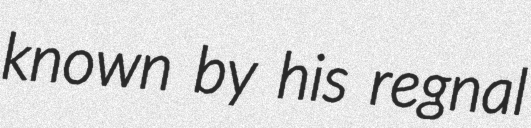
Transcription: known by his regnal